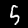
Label: 5